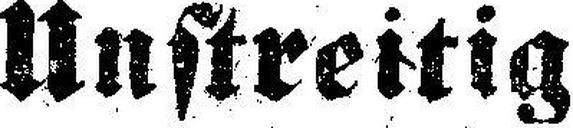
Unstreitig